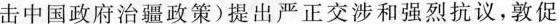
击中国政府治疆政策)提出严正交涉和强烈抗议，敦促